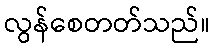
လွန်စေတတ်သည်။